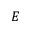
E